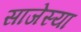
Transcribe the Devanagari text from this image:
साजेस्या